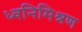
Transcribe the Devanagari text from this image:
ध्वनिमिश्रण